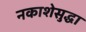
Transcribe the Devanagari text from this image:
नकाशेसुद्धा